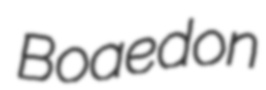
Boaedon